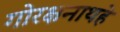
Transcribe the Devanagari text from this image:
गोरक्षनाथहे